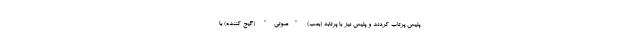
پلیس پرتاب کردند و پلیس نیز با پرتابه (بمب) "صوتی" (گیج کننده) با